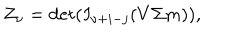
Z _ { \nu } = \det ( I _ { \nu + i - j } ( V \Sigma m ) ) ,